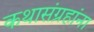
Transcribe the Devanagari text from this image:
कथासंग्रहांना